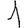
Digit: 1